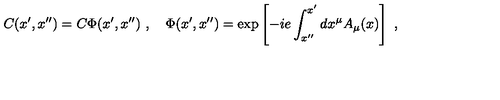
C ( x ^ { \prime } , x ^ { \prime \prime } ) = C \Phi ( x ^ { \prime } , x ^ { \prime \prime } ) \ , \quad \Phi ( x ^ { \prime } , x ^ { \prime \prime } ) = \exp \left[ - i e \int _ { x ^ { \prime \prime } } ^ { x ^ { \prime } } d x ^ { \mu } A _ { \mu } ( x ) \right] \ ,